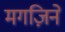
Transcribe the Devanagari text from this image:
मगज़िने